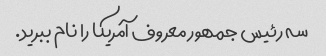
سه رئیس جمهور معروف آمریکا را نام ببرید.